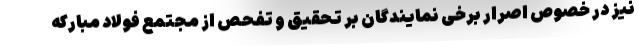
نیز در خصوص اصرار برخی نمایندگان بر تحقیق و تفحص از مجتمع فولاد مبارکه